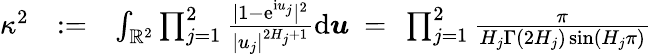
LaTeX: \begin{array}{rlr}{\kappa^{2}}&{:=}&{\int_{\mathbb{R}^{2}}\prod_{j=1}^{2}\frac{|1-\mathrm e^{\mathrm iu_{j}}|^{2}}{|u_{j}|^{2H_{j}+1}}\mathrm d\boldsymbol{u}\ =\ \prod_{j=1}^{2}\frac{\pi}{H_{j}\Gamma(2H_{j})\sin(H_{j}\pi)}}\end{array}